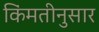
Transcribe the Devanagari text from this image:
किंमतीनुसार